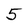
Character: 5